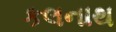
કલનાથ